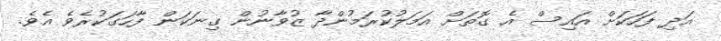
އަދި ފަހަކަށް އައިސް އެ ގޮތަށް އަމަލުކުރަމުންދާ ޒުވާނުން ގިނަކަން ފާހަގަކުރެވެ އެވެ.